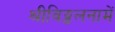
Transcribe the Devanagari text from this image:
श्रीविठ्ठलनामें